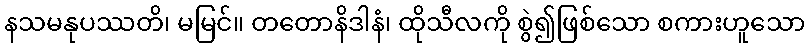
နသမနုပဿတိ၊ မမြင်။ တတောနိဒါနံ၊ ထိုသီလကို စွဲ၍ဖြစ်သော စကားဟူသော